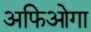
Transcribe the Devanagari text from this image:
अफिओगा